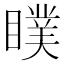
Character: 瞨